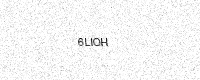
Text: 6LIOH